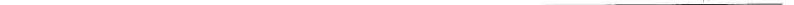
___